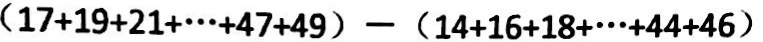
( 1 7 + 1 9 + 2 1 + \cdots + 4 7 + 4 9 ) - ( 1 4 + 1 6 + 1 8 + \cdots + 4 4 + 4 6 )